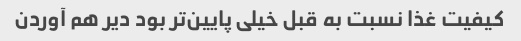
کیفیت غذا نسبت به قبل خیلی پایین‌تر بود دیر هم آوردن